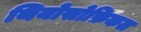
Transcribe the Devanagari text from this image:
थियोसोफ़िकल